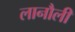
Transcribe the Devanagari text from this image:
लानौली